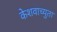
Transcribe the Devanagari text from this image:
केेशवाच्युता